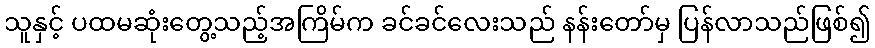
သူနှင့် ပထမဆုံးတွေ့သည့်အကြိမ်က ခင်ခင်လေးသည် နန်းတော်မှ ပြန်လာသည်ဖြစ်၍